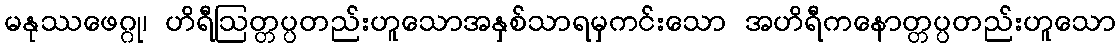
မနုဿဖေဂ္ဂု၊ ဟိရီဩတ္တပ္ပတည်းဟူသောအနှစ်သာရမှကင်းသော အဟိရီကနောတ္တပ္ပတည်းဟူသော